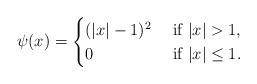
LaTeX: \begin{align*} \psi(x)=\begin{cases} (|x|-1)^2 & \mbox{ if $|x|>1$,}\\ 0 & \mbox{ if $|x|\le 1$.} \end{cases} \end{align*}